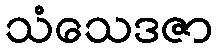
သံသေဒဇာ